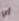
أي